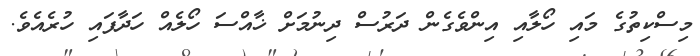
މިސްކިތުގެ މައި ހޯލާއި އިންވެގެން ދަރުސް ދިނުމަށް ޚާއްސަ ހޯލެއް ހަދާފައި ހުރެއެވެ.